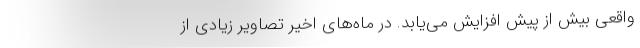
واقعی بیش از پیش افزایش می‌یابد. در ماه‌های اخیر تصاویر زیادی از